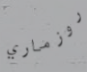
روزماري